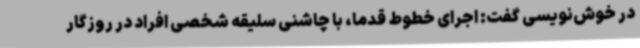
در خوش‌نویسی گفت: اجرای خطوط قدما، با چاشنی سلیقه شخصی افراد در روزگار